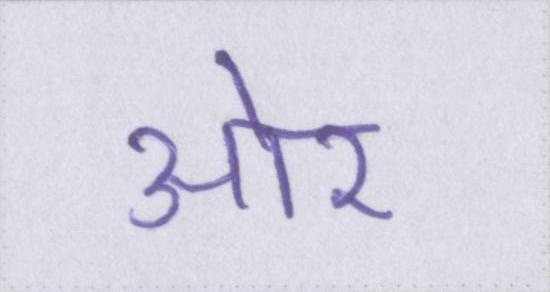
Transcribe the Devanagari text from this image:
आ॓र